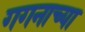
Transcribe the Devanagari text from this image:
गगनाच्या